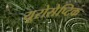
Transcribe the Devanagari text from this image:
यूरोसेप्टिक